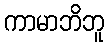
ကာမာဘိဘူ